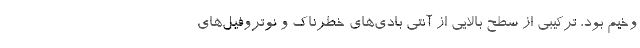
وخیم بود، ترکیبی از سطح بالایی از آنتی بادی‌های خطرناک و نوتروفیل‌های